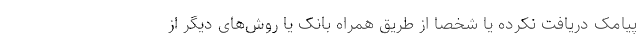
پیامک دریافت نکرده یا شخصا از طریق همراه بانک یا روش‌های دیگر از